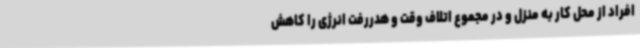
افراد از محل کار به منزل و در مجموع اتلاف وقت و هدررفت انرژی را کاهش